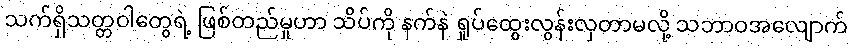
သက်ရှိသတ္တဝါတွေရဲ့ ဖြစ်တည်မှုဟာ သိပ်ကို နက်နဲ ရှုပ်ထွေးလွန်းလှတာမလို့ သဘာဝအလျောက်